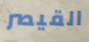
القيصر